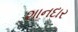
શાનદાર